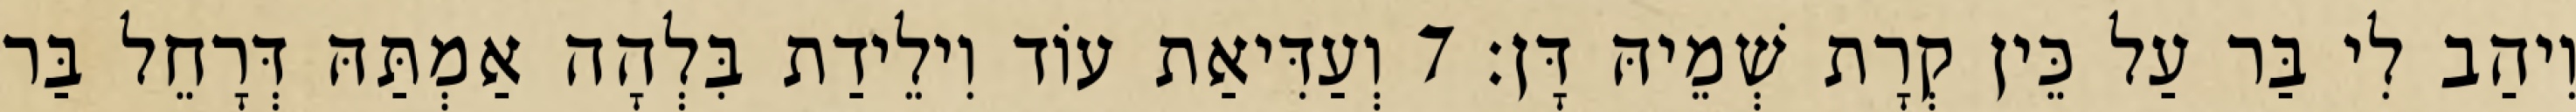
וִיהַב לִי בַּר עַל כֵּין קְרָת שְׁמֵיהּ דָּן׃ 7 וְעַדִּיאַת עוֹד וִילֵידַת בִּלְהָה אַמְתַּהּ דְּרָחֵל בַּר